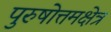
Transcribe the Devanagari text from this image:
पुरुषोत्तमक्षेत्र